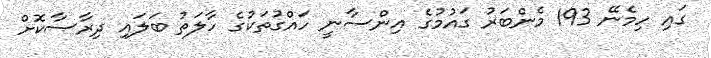
ގައި ހިމެނޭ 193 މެންބަރު ގައުމުގެ އިންސާނީ ހައްގުތަކުގެ ހާލަތު ބަލައި ދިރާސާކޮށް